Eesti_Toorahva_Kommuun, lk 38
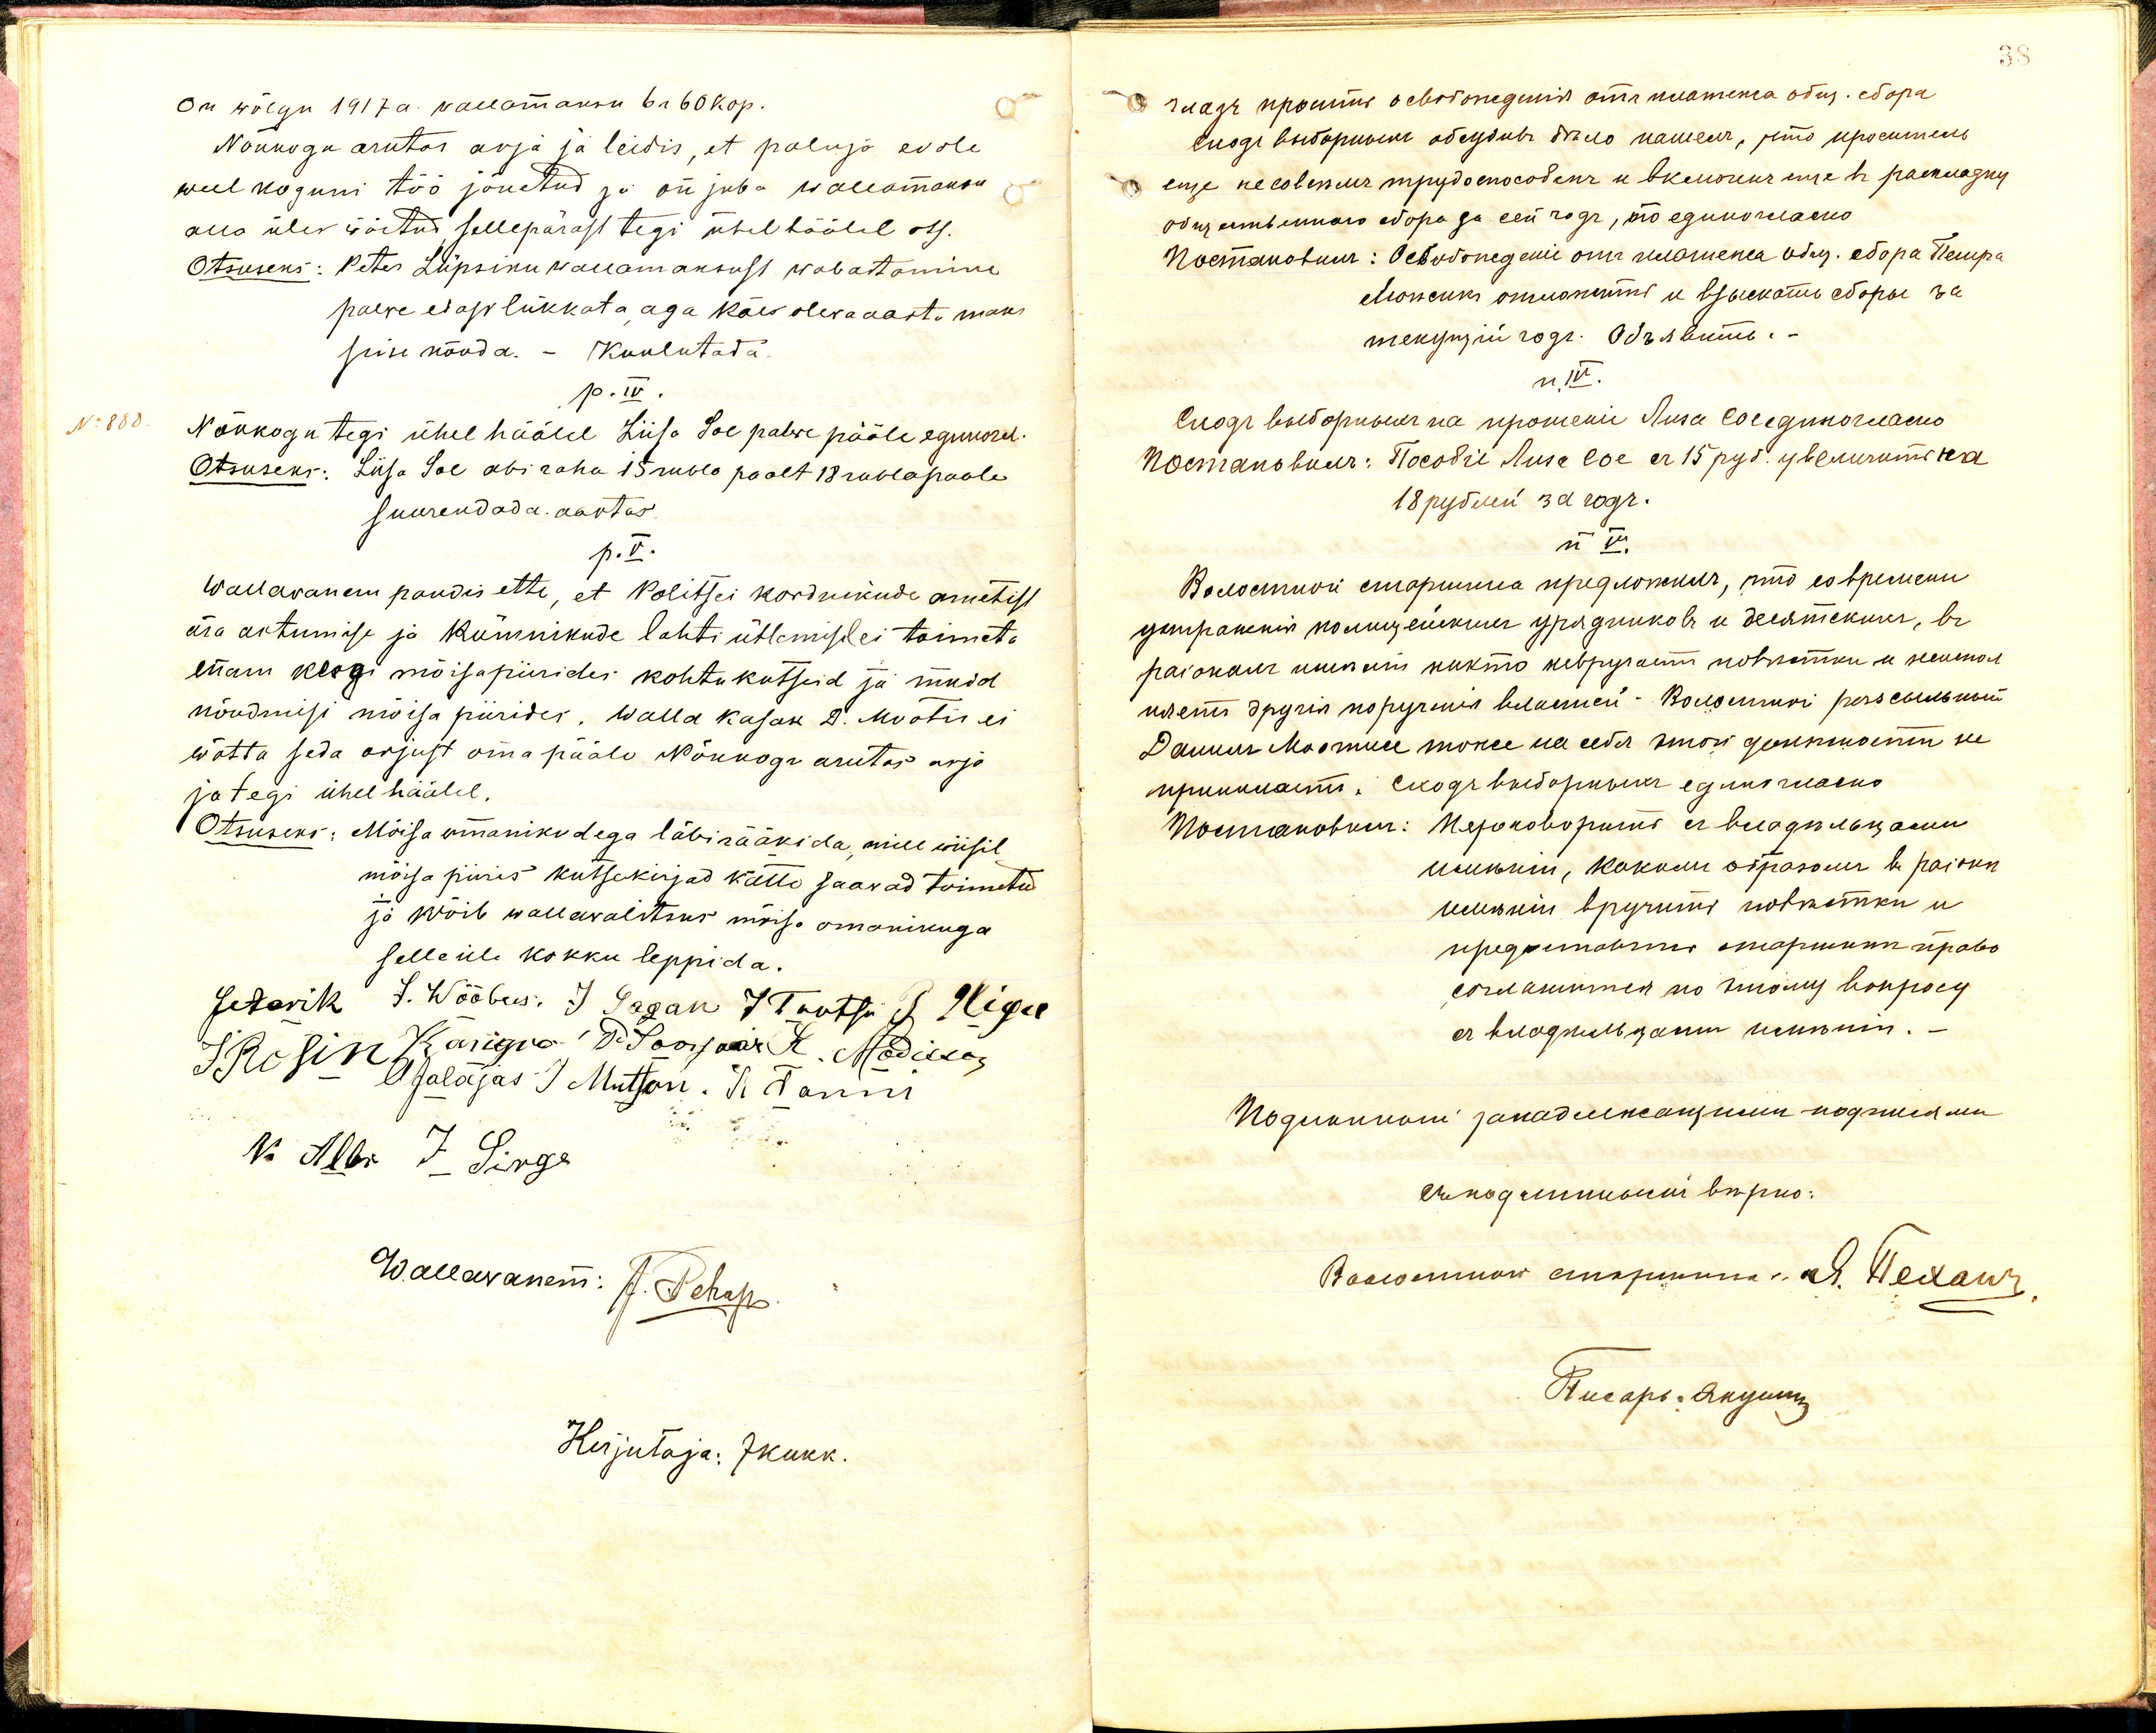
On wõlgu 1917 a. wallamaksu 6 r. 60 kop.
Nõukogu arutas asja ja leidis, et paluja ei ole
weel koguni töö jõuetud ja on juba wallamaksu,
alla üles wõetud sellepärast tegi ühel häälel ots.
Otsuseks: Peter Lüpsiku wallamaksust wabastamine
palwe edasi lükkata, aga käes olewa aasta maks-
sisse nõuda. - Kuulutada.
p.IV.
No: 888.
Nõukogu tegi ühel häälel Liisa Soe palwe pääle egunarel.
Otsuseks: Liisa Soe abi raha 15 rubla poolt 18 rubla poole
suurendada aastas
p.V.
Wallawanem pandis ette, et Politsei kordnikude ametist
ära astumise ja kümnikude lahti ütlemisel ei toimeta
enam keegi mõisapiirides kohtukutseid ja muid
nõudmisi mõisa piirides. Walla kasak D. Möötis ei
wõtta seda orjust oma pääle Nõukogu arutas asja
ja tegi ühel häälel.
Otsuseks: Mõisa omanikudega läbirääkida, mill wiisil
mõisa piiris kutsekirjad kätte saawad toimetud
ja wõib wallawalitsus mõisa omanikuga
selle üle kokku leppida.
setarik J. Wõõbus. J. Segan 7 Tantsi J. Higa
Iksin Ajalajas I Mutson K T T Tanni
sib lin Kärigna T. Soorjaar K. Madisson
No Albr J. Sirge
Wallawanem: J. Pehap.
Kirjutaja: JKukk.